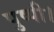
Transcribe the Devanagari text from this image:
पुष्पी।